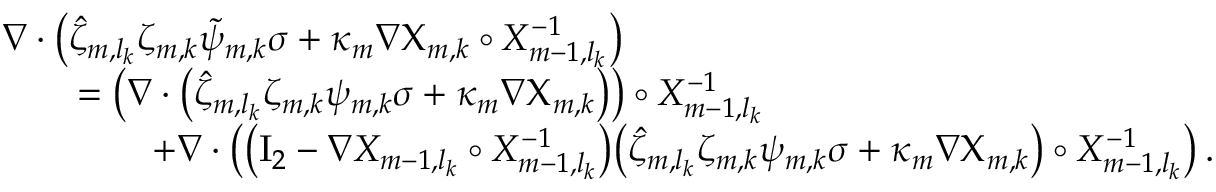
\begin{array} { r l } { \lefteqn { \nabla \cdot \bigl ( \hat { \zeta } _ { m , l _ { k } } \zeta _ { m , k } \tilde { \psi } _ { m , k } \sigma + \kappa _ { m } \nabla { \Chi } _ { m , k } \circ X _ { m - 1 , l _ { k } } ^ { - 1 } \bigr ) } \quad } & { } \\ & { = \bigl ( \nabla \cdot \bigl ( \hat { \zeta } _ { m , l _ { k } } \zeta _ { m , k } { \psi } _ { m , k } \sigma + \kappa _ { m } \nabla { \Chi } _ { m , k } \bigr ) \bigr ) \circ X _ { m - 1 , l _ { k } } ^ { - 1 } } \\ & { \qquad + \nabla \cdot \bigl ( \bigl ( \ensuremath { \mathrm { I } _ { 2 } } - \nabla X _ { m - 1 , l _ { k } } \circ X _ { m - 1 , l _ { k } } ^ { - 1 } \bigr ) \bigl ( \hat { \zeta } _ { m , l _ { k } } \zeta _ { m , k } { \psi } _ { m , k } \sigma + \kappa _ { m } \nabla { \Chi } _ { m , k } \bigr ) \circ X _ { m - 1 , l _ { k } } ^ { - 1 } \bigr ) \, . } \end{array}